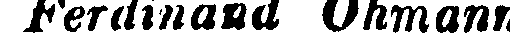
Ferdinand Öhmann.